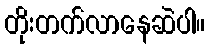
တိုးတက်လာနေဆဲပါ။